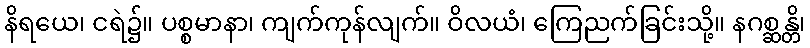
နိရယေ၊ ငရဲ၌။ ပစ္စမာနာ၊ ကျက်ကုန်လျက်။ ဝိလယံ၊ ကြေညက်ခြင်းသို့။ နဂစ္ဆန္တိ၊